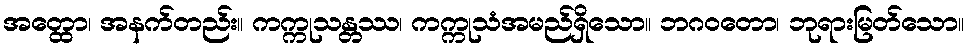
အတ္ထော၊ အနက်တည်း။ ကက္ကုသန္တဿ၊ ကက္ကုသံအမည်ရှိသော။ ဘဂဝတော၊ ဘုရားမြတ်သော။